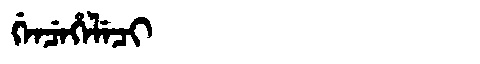
Manchu: ᡤᡝᠨᠴᡝᡥᡝᠯᡝᠴᡳ
Romanization: GENCEHELECI